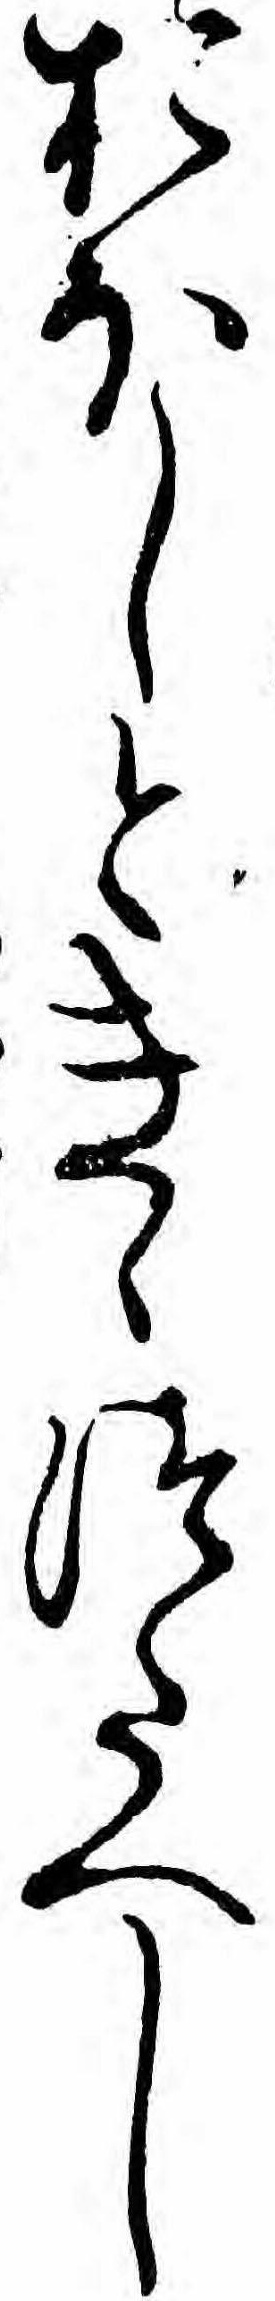
おほしときゝつたへし